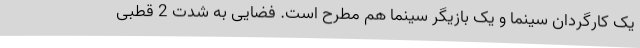
یک کارگردان سینما و یک بازیگر سینما هم مطرح است. فضایی به شدت 2 قطبی